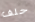
حلف